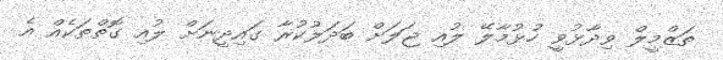
ތަޒްމީލް ވިދާޅުވީ ހުޅުމާލޭ ލުއި ޖަލަށް ބަދަލުކުރާ ގައިދީނަށް ލުއި ގޮތްތަކެއް އެ